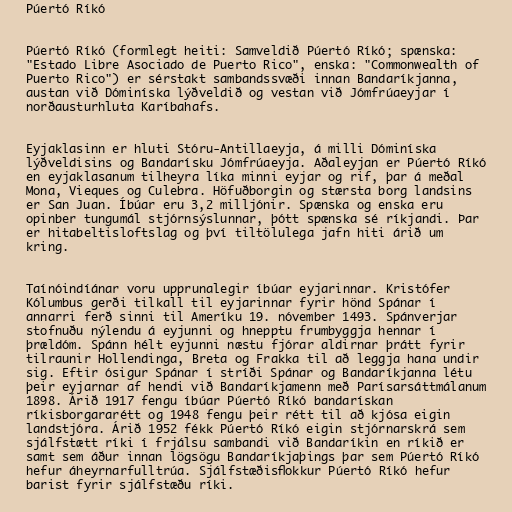
Púertó Ríkó

Púertó Ríkó (formlegt heiti: Samveldið Púertó Ríkó; spænska:
"Estado Libre Asociado de Puerto Rico", enska: "Commonwealth of
Puerto Rico") er sérstakt sambandssvæði innan Bandaríkjanna,
austan við Dóminíska lýðveldið og vestan við Jómfrúaeyjar í
norðausturhluta Karíbahafs.

Eyjaklasinn er hluti Stóru-Antillaeyja, á milli Dóminíska
lýðveldisins og Bandarísku Jómfrúaeyja. Aðaleyjan er Púertó Ríkó
en eyjaklasanum tilheyra líka minni eyjar og rif, þar á meðal
Mona, Vieques og Culebra. Höfuðborgin og stærsta borg landsins
er San Juan. Íbúar eru 3,2 milljónir. Spænska og enska eru
opinber tungumál stjórnsýslunnar, þótt spænska sé ríkjandi. Þar
er hitabeltisloftslag og því tiltölulega jafn hiti árið um
kring.

Taínóindíánar voru upprunalegir íbúar eyjarinnar. Kristófer
Kólumbus gerði tilkall til eyjarinnar fyrir hönd Spánar í
annarri ferð sinni til Ameríku 19. nóvember 1493. Spánverjar
stofnuðu nýlendu á eyjunni og hnepptu frumbyggja hennar í
þrældóm. Spánn hélt eyjunni næstu fjórar aldirnar þrátt fyrir
tilraunir Hollendinga, Breta og Frakka til að leggja hana undir
sig. Eftir ósigur Spánar í stríði Spánar og Bandaríkjanna létu
þeir eyjarnar af hendi við Bandaríkjamenn með Parísarsáttmálanum
1898. Árið 1917 fengu íbúar Púertó Ríkó bandarískan
ríkisborgararétt og 1948 fengu þeir rétt til að kjósa eigin
landstjóra. Árið 1952 fékk Púertó Ríkó eigin stjórnarskrá sem
sjálfstætt ríki í frjálsu sambandi við Bandaríkin en ríkið er
samt sem áður innan lögsögu Bandaríkjaþings þar sem Púertó Ríkó
hefur áheyrnarfulltrúa. Sjálfstæðisflokkur Púertó Ríkó hefur
barist fyrir sjálfstæðu ríki.